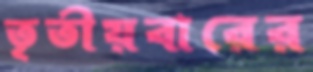
তৃতীয়বারের